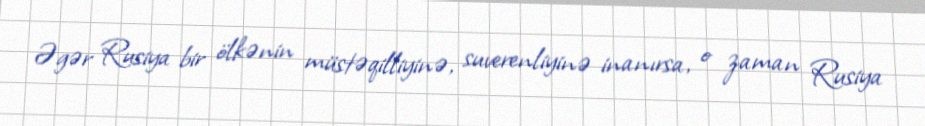
Əgər Rusiya bir ölkənin müstəqilliyinə, suverenliyinə inanırsa, o zaman Rusiya